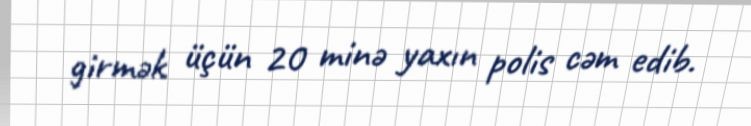
girmək üçün 20 minə yaxın polis cəm edib.